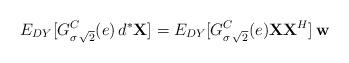
LaTeX: \begin{align*}E_{DY}[G^{C}_{\sigma\,\sqrt{2}}(e)\,d^{*}\textbf{X}] = E_{DY}[G^{C}_{\sigma\,\sqrt{2}}(e)\textbf{XX}^{H}]\,\textbf{w}\end{align*}